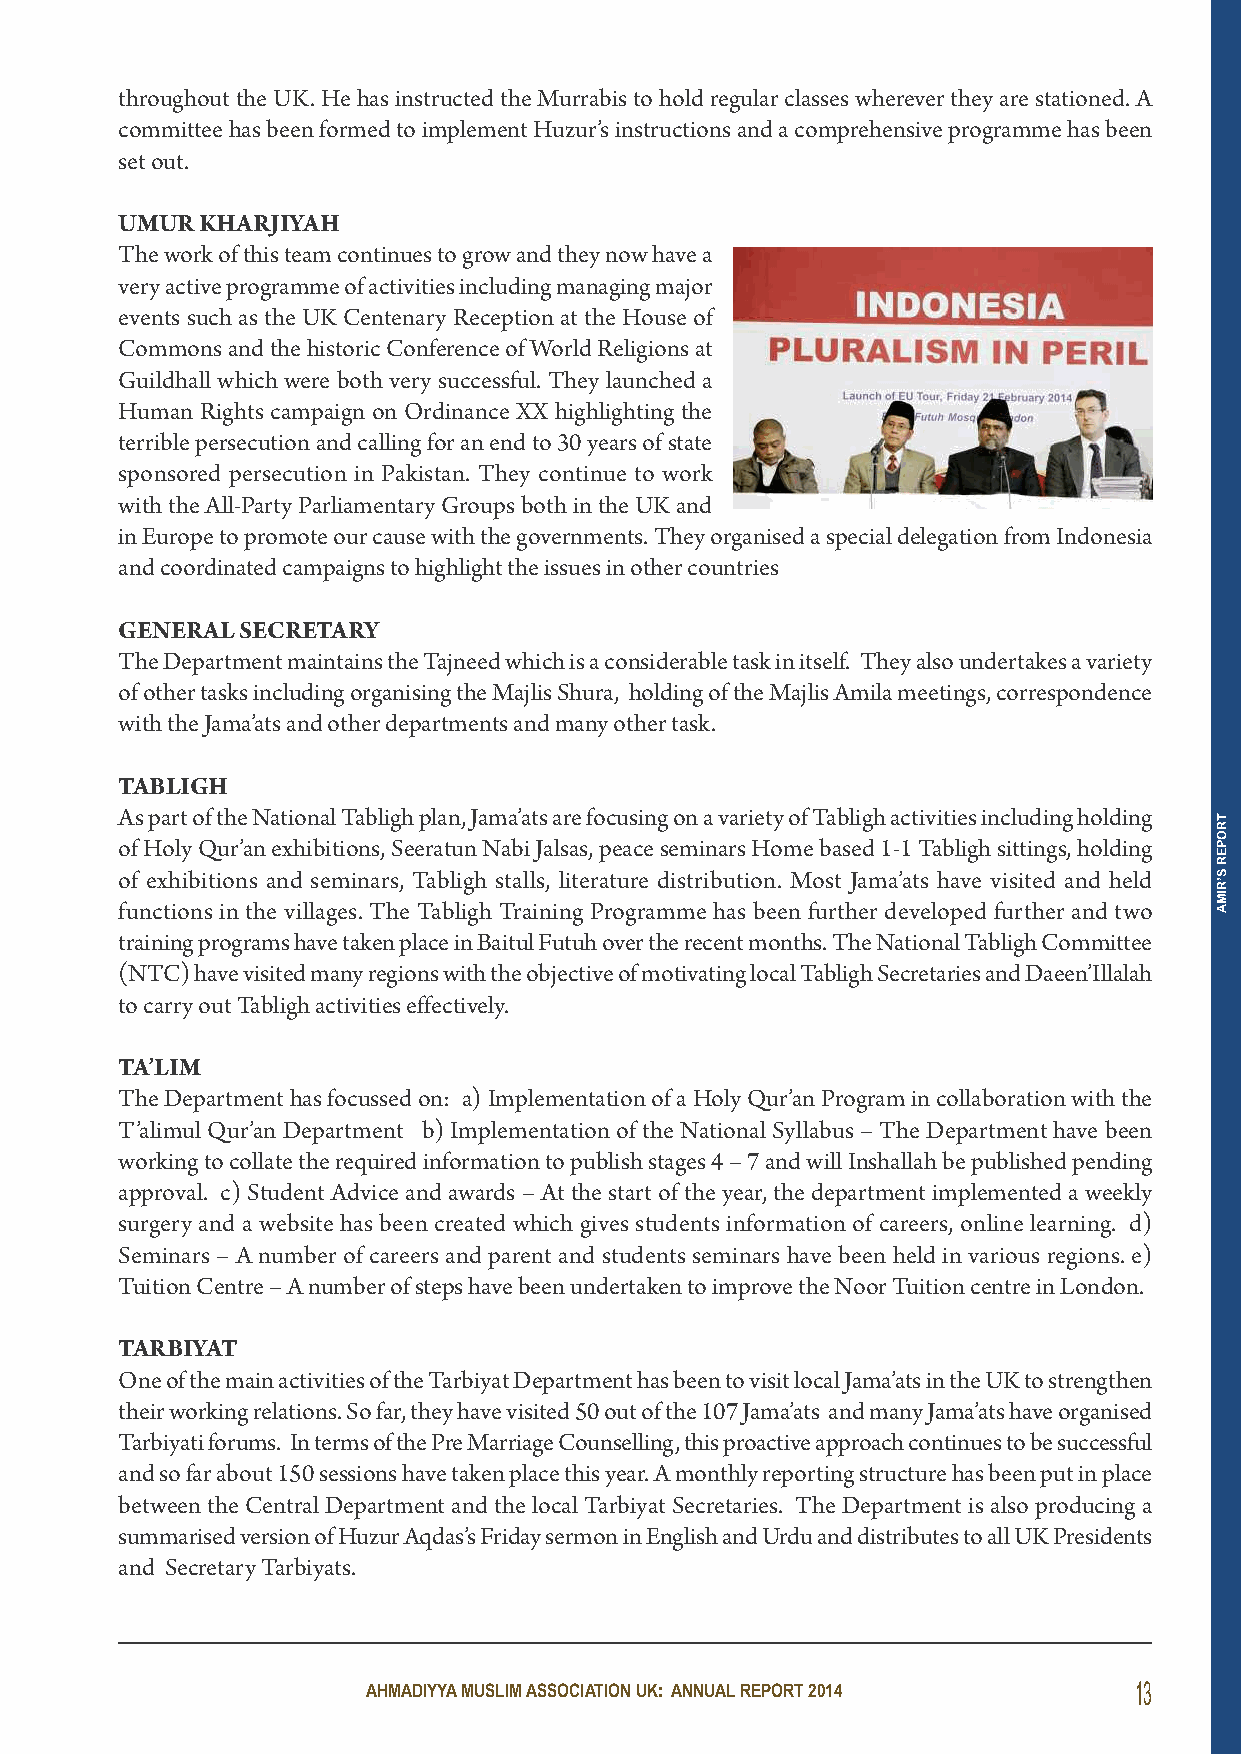
throughout the UK. He has instructed the Murrabis to hold regular classes wherever they are stationed. A
 committee has been formed to implement Huzur’s instructions and a comprehensive programme has been
 set out.
 UMUR KHARJiYAH
 The work of this team continues to grow and they now have a
 very active programme of activities including managing major
 events such as the UK Centenary Reception at the House of
 Commons and the historic Conference of World Religions at
 Guildhall which were both very successful. They launched a
 Human Rights campaign on Ordinance XX highlighting the
 terrible persecution and calling for an end to 30 years of state
 sponsored persecution in Pakistan. They continue to work
 with the All-Party Parliamentary Groups both in the UK and
 in Europe to promote our cause with the governments. They organised a special delegation from Indonesia
 and coordinated campaigns to highlight the issues in other countries
 geneRAl seCRetARY
 The Department maintains the Tajneed which is a considerable task in itself. They also undertakes a variety
 of other tasks including organising the Majlis Shura, holding of the Majlis Amila meetings, correspondence
 with the Jama’ats and other departments and many other task.
 tABligH
 As part of the National Tabligh plan, Jama’ats are focusing on a variety of Tabligh activities including holding
 of Holy Qur’an exhibitions, Seeratun Nabi Jalsas, peace seminars Home based 1-1 Tabligh sittings, holding
 of exhibitions and seminars, Tabligh stalls, literature distribution. Most Jama’ats have visited and held
 functions in the villages. The Tabligh Training Programme has been further developed further and two
 training programs have taken place in Baitul Futuh over the recent months. The National Tabligh Committee
 (NTC) have visited many regions with the objective of motivating local Tabligh Secretaries and Daeen’Illalah
 to carry out Tabligh activities effectively.
 tA’liM
 The Department has focussed on: a) Implementation of a Holy Qur’an Program in collaboration with the
 T’alimul Qur’an Department b) Implementation of the National Syllabus – The Department have been
 working to collate the required information to publish stages 4 – 7 and will Inshallah be published pending
 approval. c) Student Advice and awards – At the start of the year, the department implemented a weekly
 surgery and a website has been created which gives students information of careers, online learning. d)
 Seminars – A number of careers and parent and students seminars have been held in various regions. e)
 Tuition Centre – A number of steps have been undertaken to improve the Noor Tuition centre in London.
 tARBiYAt
 One of the main activities of the Tarbiyat Department has been to visit local Jama’ats in the UK to strengthen
 their working relations. So far, they have visited 50 out of the 107 Jama’ats and many Jama’ats have organised
 Tarbiyati forums. In terms of the Pre Marriage Counselling, this proactive approach continues to be successful
 and so far about 150 sessions have taken place this year. A monthly reporting structure has been put in place
 between the Central Department and the local Tarbiyat Secretaries. The Department is also producing a
 summarised version of Huzur Aqdas’s Friday sermon in English and Urdu and distributes to all UK Presidents
 and Secretary Tarbiyats.
 AHMADIYYA MUSLIM ASSOCIATION UK: ANNUAL REPORT 2014 13
 TROPER
 S’RIMA